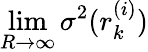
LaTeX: \operatorname*{lim}_{R\rightarrow\infty}\sigma^{2}(r_{k}^{(i)})